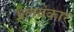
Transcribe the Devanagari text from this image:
प्रलयंकार